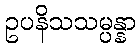
ဥပနိသသမ္ပန္နာ